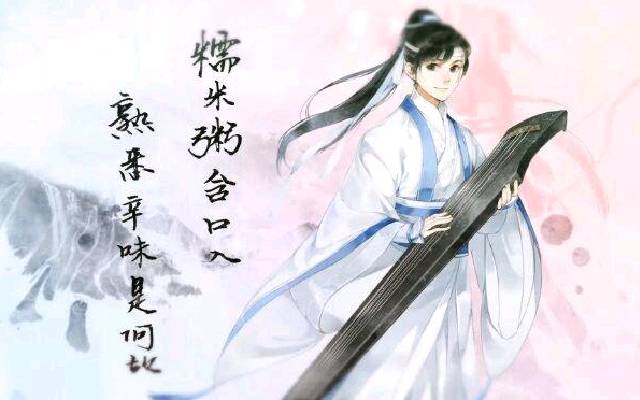
我歌君起舞，潦倒略相同。